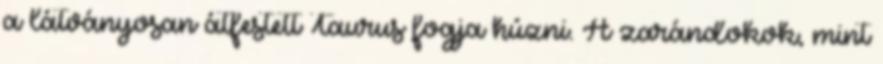
a látványosan átfestett Taurus fogja húzni. A zarándokok, mint